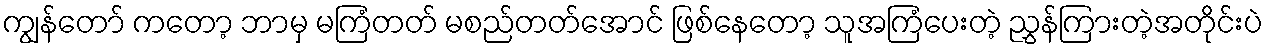
ကျွန်တော် ကတော့ ဘာမှ မကြံတတ် မစည်တတ်အောင် ဖြစ်နေတော့ သူအကြံပေးတဲ့ ညွှန်ကြားတဲ့အတိုင်းပဲ